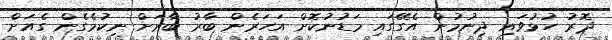
ދޮރު ހުޅުވައި ދިނުމުން އެގޭގައި މަޑުނުކޮށް އަހަރެން ބާރު ބާރަށް ނިކުމެގެން ގެއަށް